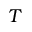
T